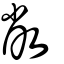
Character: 敝